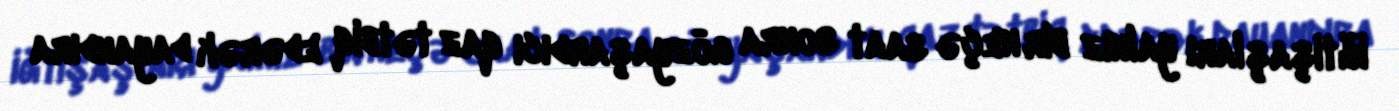
iğtişaşları yalnız bir neçə saat sonra gözyaşardıcı qaz tətbiq edərək dayandıra